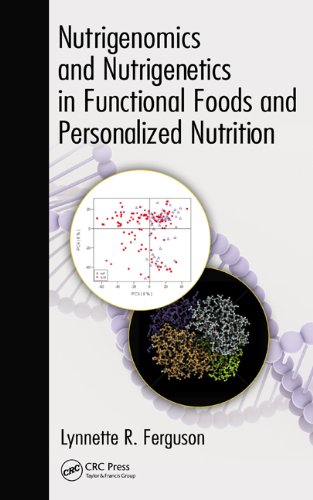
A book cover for Nutrigenomics and Nutrigenetics in Functional Foods and Personalized Nutrition; Health, Fitness & Dieting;